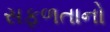
સફળતાનો